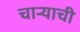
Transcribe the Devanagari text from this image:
चाऱ्याची